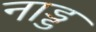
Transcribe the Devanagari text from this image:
नाड्ड